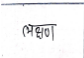
मजकूर: लक्षण